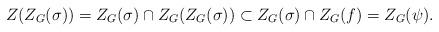
LaTeX: \begin{align*}Z(Z_G(\sigma ))=Z_G(\sigma )\cap Z_G(Z_G(\sigma ))\subset Z_G(\sigma )\cap Z_G(f)=Z_G(\psi).\end{align*}